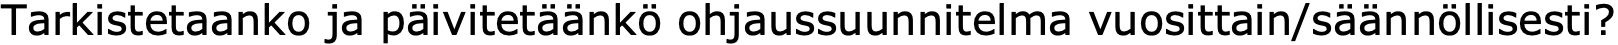
Tarkistetaanko ja päivitetäänkö ohjaussuunnitelma vuosittain/säännöllisesti?